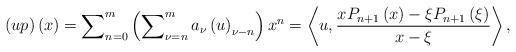
LaTeX: \begin{align*}\left( up\right) \left( x\right) =\sum\nolimits_{n=0}^{m}\left(\sum\nolimits_{\nu =n}^{m}a_{\nu }\left( u\right) _{\nu -n}\right)x^{n}=\left\langle u,\frac{xP_{n+1}\left( x\right) -\xi P_{n+1}\left( \xi \right) }{x-\xi }\right\rangle, \end{align*}